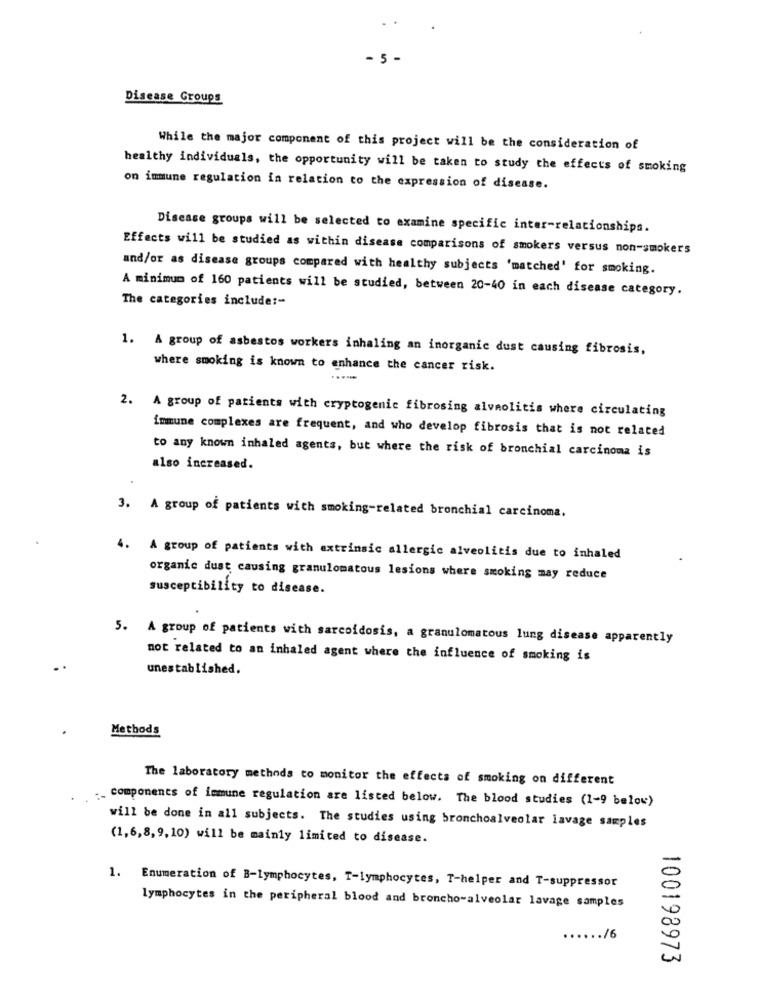
5-
Disease Groups
While the major component of this project will be the consideration of
healthy individuals, the opportunity will be taken to study the effects of smoking
on immune regulation in relation to the expression of disease.
Disease groups will be selected to examine specific inter-relationships.
Effects will be studied as within disease comparisons of smokers versus non-smokers
and/or as disease groups compared with healthy subjects 'matched' for smoking.
A minimum of 160 patients will be studied, between 20-40 in each disease category.
The categories include :-
1. A group of asbestos workers inhaling an inorganic dust causing fibrosis,
where smoking is known to enhance the cancer risk.
2. A group of patients with cryptogenic fibrosing alvmolitis where circulating
immune complexes are frequent, and who develop fibrosis that is not related
to any known inhaled agents, but where the risk of bronchial carcinoma is
also increased.
3. A group of patients with smoking-related bronchial carcinoma.
4. A group of patients with extrinsic allergic alveolitis due to inhaled
organic dust causing granulomatous lesions where smoking may reduce
susceptibility to disease.
5. A group of patients with sarcoidosis, a granulomatous lung disease apparently
not related to an inhaled agent where the influence of smoking is
unestablished.
Methods
The laboratory methods to monitor the effects of smoking on different
._ components of immune regulation are listed below. The blood studies (1-9 below)
will be done in all subjects. The studies using bronchoalveolar lavage samples
(1,6,8,9,10) will be mainly limited to disease.
1. Enumeration of B-lymphocytes, T-lymphocytes, T-helper and T-suppressor
lymphocytes in the peripheral blood and broncho-alveolar lavage samples
...... /6
100198973